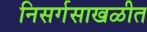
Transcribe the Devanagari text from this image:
निसर्गसाखळीत